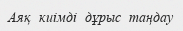
Аяқ  киімді  дұрыс  таңдау